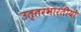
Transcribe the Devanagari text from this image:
उत्तरभारतीयों